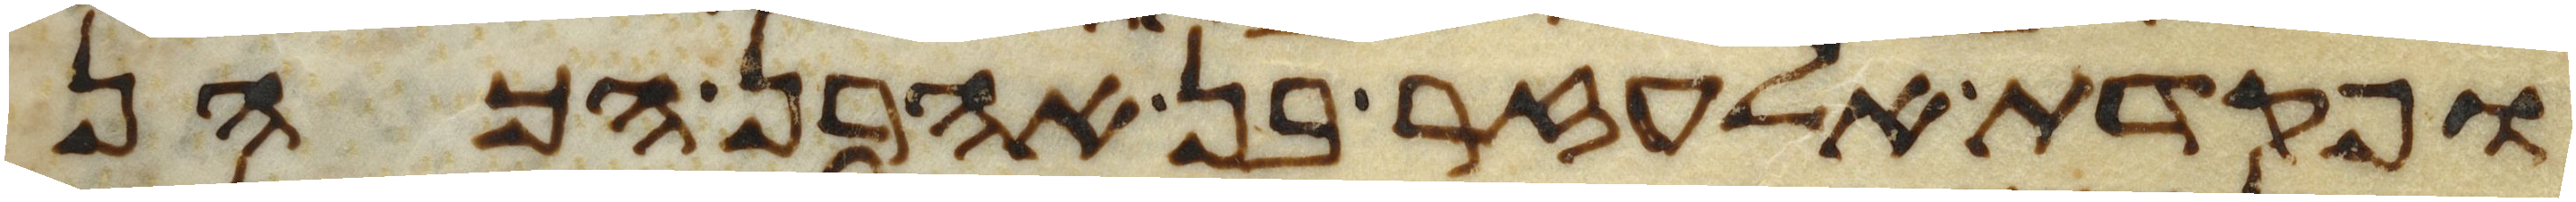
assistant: ופקדת אלעזר בן אהרן הכהן